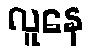
လူနေ